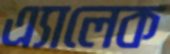
এ্যালেক